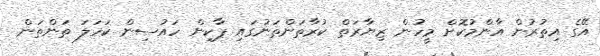
އޭގެ އިތުރުން އާންމުކޮށް މީހުން ޒިޔާރަތް ކުރާތަންތަނުގައި ޕާކިން ހައުސިން ކަހަލަ ތަންތަން